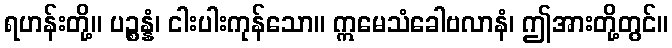
ရဟန်းတို့။ ပဉ္စန္နံ၊ ငါးပါးကုန်သော။ ဣမေသံခေါဗလာနံ၊ ဤအားတို့တွင်။